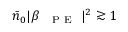
\bar { n } _ { 0 } | \beta _ { \mathrm { ~ \textsc ~ { ~ P ~ E ~ } ~ } } | ^ { 2 } \gtrsim 1